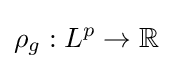
\rho _{g}:L^{p}\to \mathbb {R}